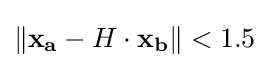
\|\mathbf {x_{a}} -H\cdot \mathbf {x_{b}} \|<1.5